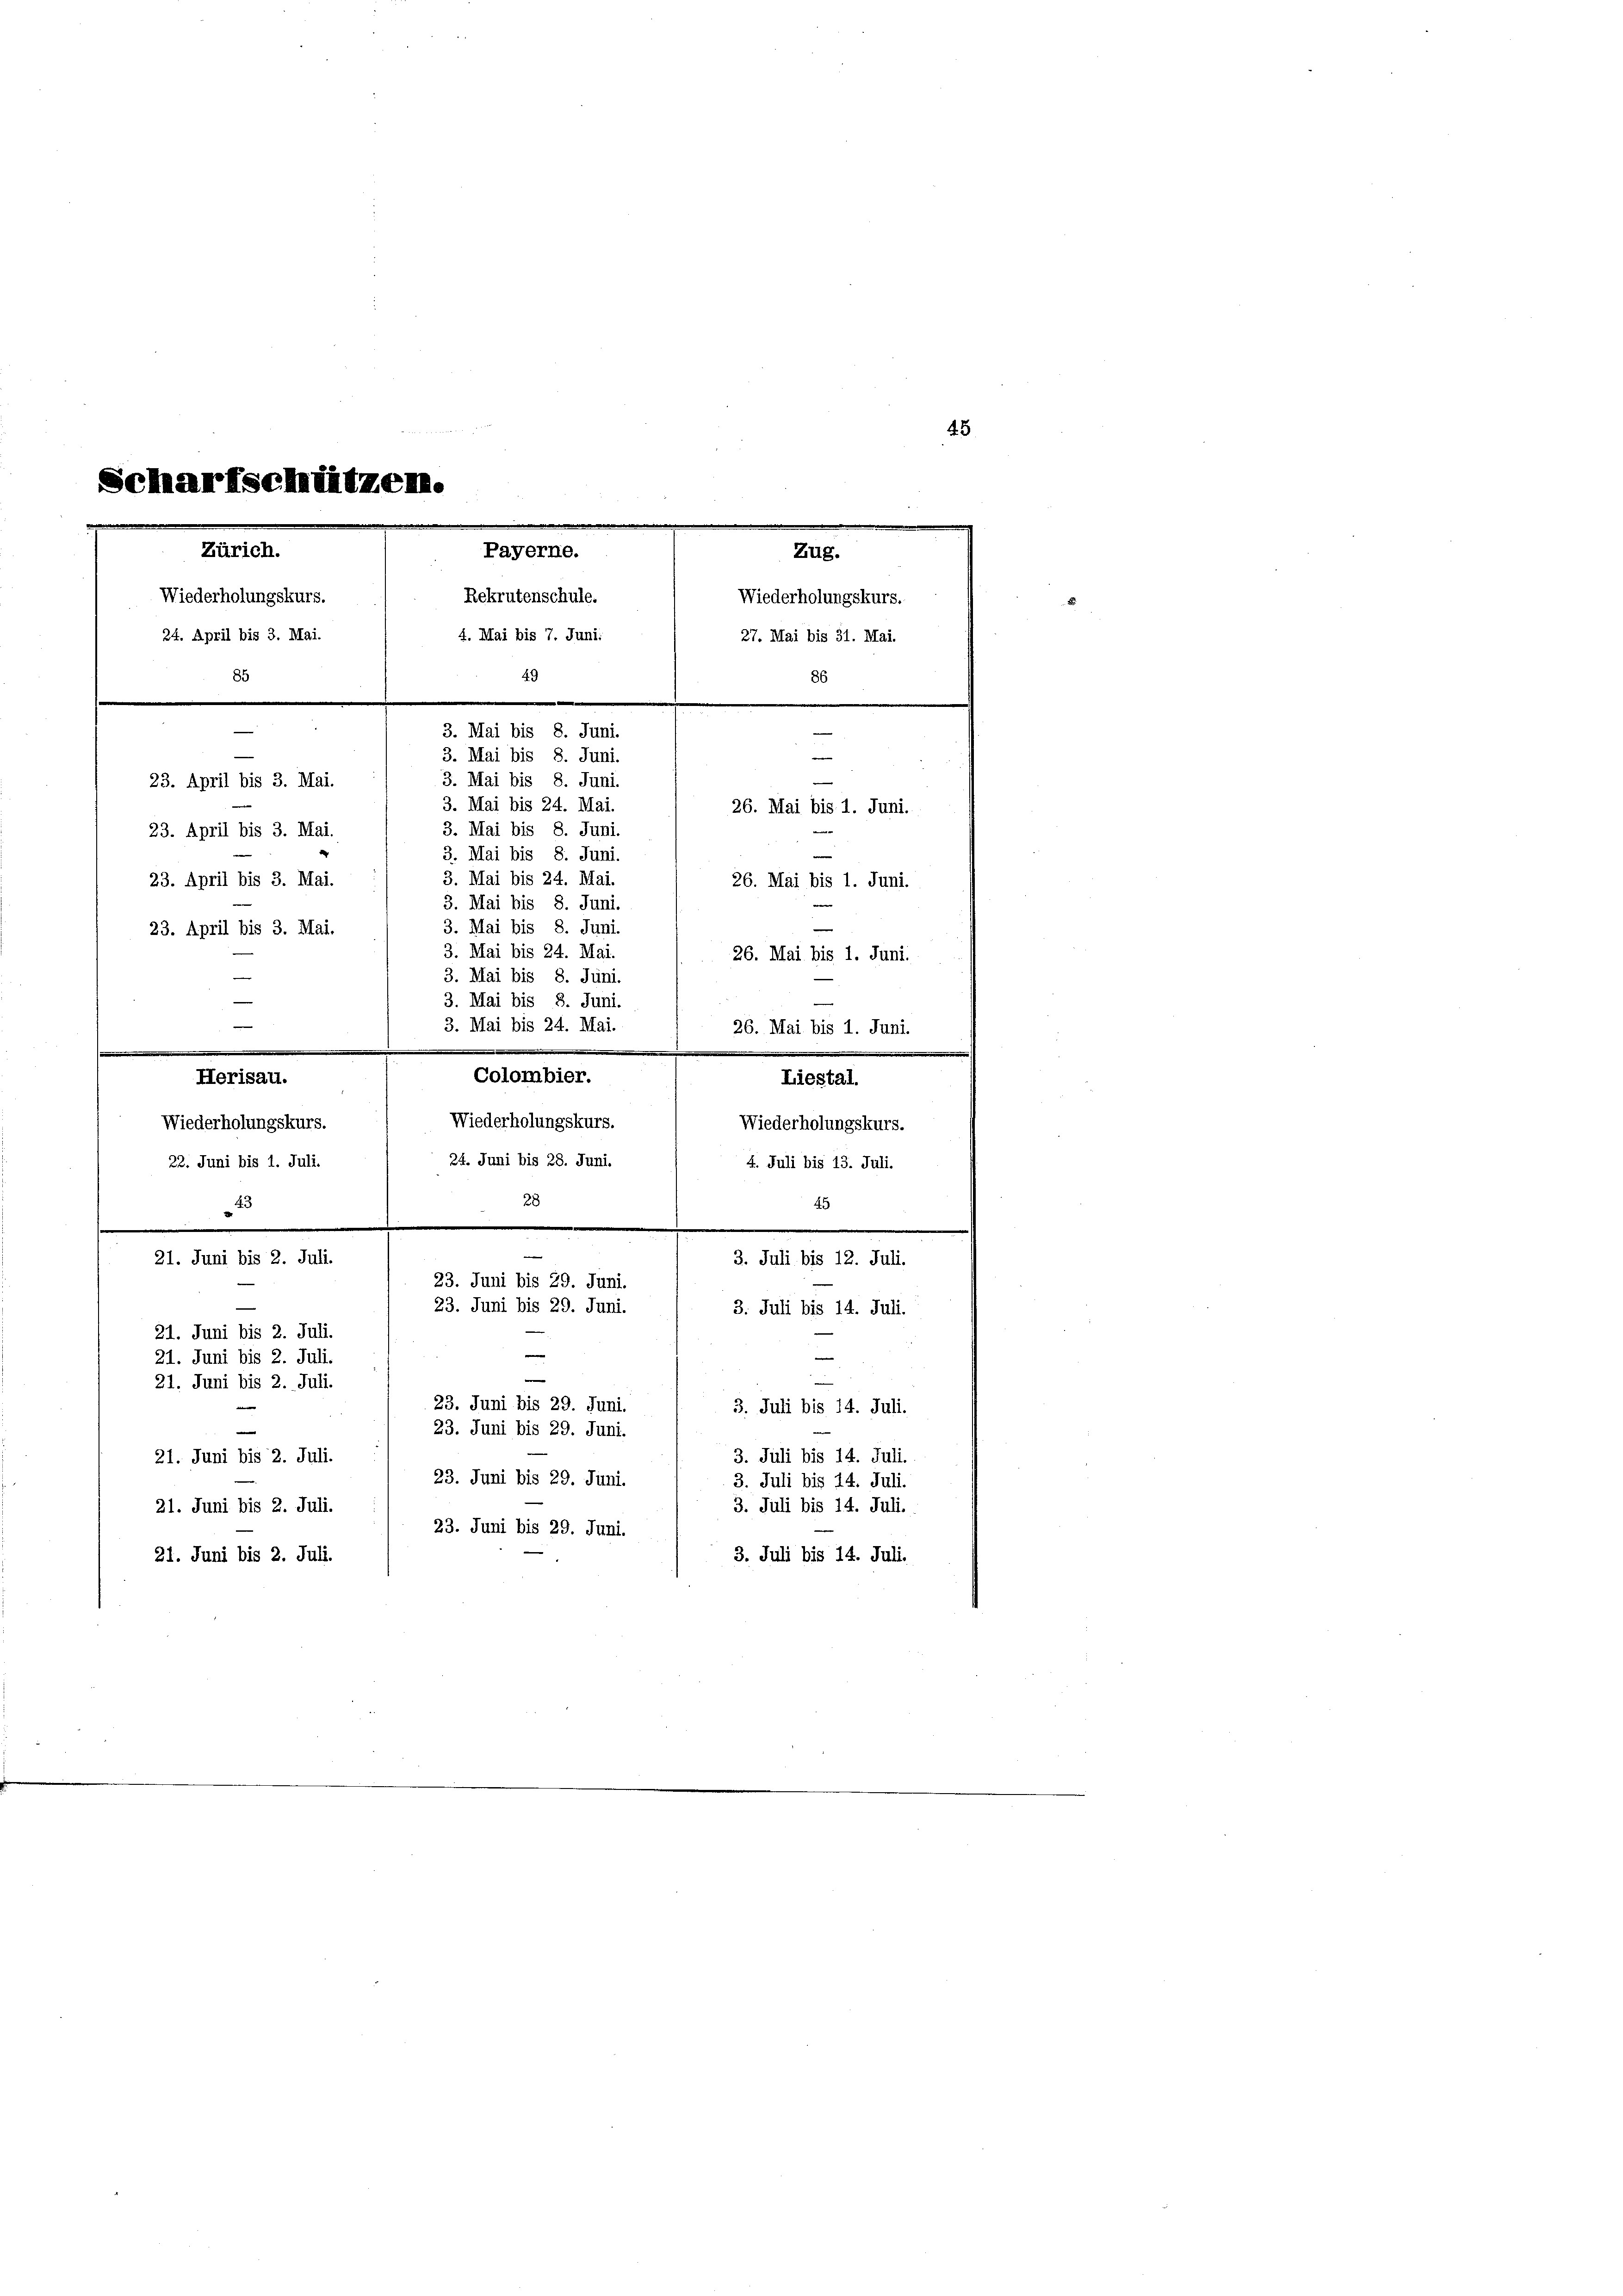
e
Scharfschützen.
e
Zürich.
Zug.
Wiederholungskurs.
Wiederholungskurs.
4. Mai bis 7. Juni:
24. April bis 3. Mai.
27. Mai bis 31. Mai.
85
49
86
e
3. Mai bis 8. Juni.
e
3. Mai bis 8. Juni.
3. Mai bis 8. Juni.
23. April bis 3. Mai.
3. Mai bis 24. Mai
26. Mai bis 1. Juni.
3. Mai bis 8. Juni.
23. April bis 3. Mai.
3. Mai bis 8. Juni.
3. Mai bis 24. Mai.
23. April bis 3. Mai.
26. Mai bis 1. Juni.

.
Payerne.
Rekrutenschule.

3. Mai bis 8. Juni.
3. Mai bis 8. Juni
23. April bis 3. Mai.
3. Mai bis 24. Mai.
3. Mai bis 8. Juni.
3. Mai bis 8. Juni.
3. Mai bis 24. Mai.
e

Colombier.
Herisau.
Wiederholungskurs.
Wiederholungskurs.
22. Juni bis 1. Juli. 1 24. Juni bis 28. Juni. / 4. Juli bis 13. Juli.
28
45
43
.
.
21. Juni bis 2. Juli.
3. Juli bis 12. Juli.
23. Juni bis 29. Juni.
23. Juni bis 29. Juni.
3. Juli bis 14. Juli.
21. Juni bis 2. Juli.

e
21. Juni bis 2. Juli.
e
21. Juni bis 2. Juli.
23. Juni bis 29. Juni.
3. Juli bis 14. Juli.
23. Juni bis 29. Juni.
—
3. Juli bis 14. Juli.
21. Juni bis 2. Juli.
23. Juni bis 29. Juni.
3. Juli bis 14. Juli.
3. Juli bis 14. Juli.
21. Juni bis 2. Juli.
23. Juni bis 29. Juni.
21. Juni bis 2. Juli.
3. Juli bis 14. Juli.

26. Mai bis 1. Juni.

26. Mai bis 1. Juni.
Liestal.

Wiederholungskurs.

45